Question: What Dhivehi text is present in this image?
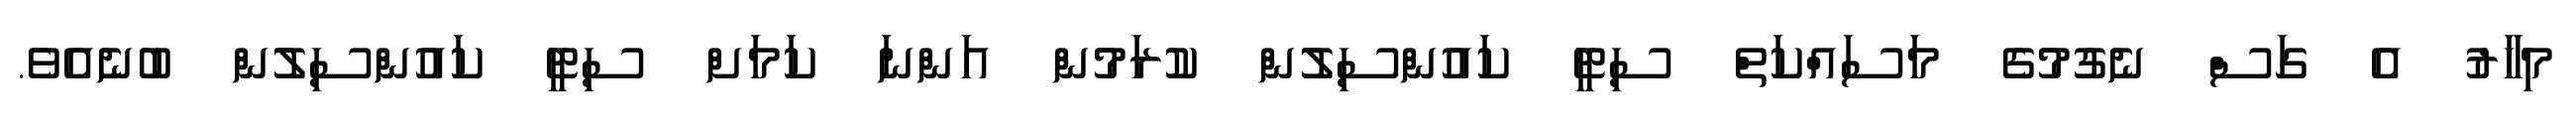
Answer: މިހާރު އެ ގަސް ނެގުމުގެ މަސައްކަތް ސިޓީ ކައުންސިލުން ކުރަމުން އަންނަ ކަމަށް ސިޓީ ކައުންސިލުން ބުނެއެވެ.